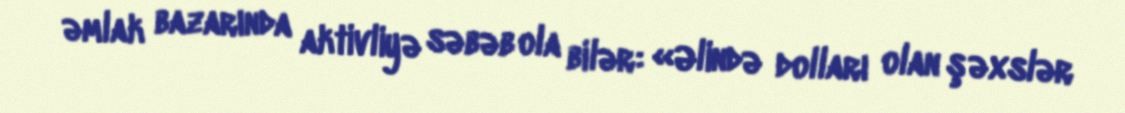
əmlak bazarında aktivliyə səbəb ola bilər: «Əlində dolları olan şəxslər